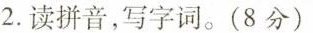
2.读拼音，写字词。(8分)